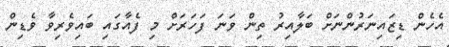
އެހެން ޑިޒައިނަރުންނަށް ބަލާއިރު ތިން ވަނަ ފަހަރަށް މި ފެއާގައި ބައިވެރިވާ ވެޑިން